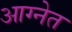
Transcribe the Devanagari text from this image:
आग्नेत